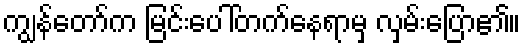
ကျွန်တော်က မြင်းပေါ်တက်နေရာမှ လှမ်းပြော၏။